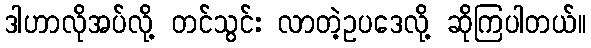
ဒါဟာလိုအပ်လို့ တင်သွင်း လာတဲ့ဥပဒေလို့ ဆိုကြပါတယ်။